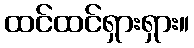
ထင်ထင်ရှားရှား။